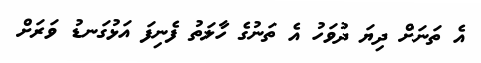
އެ ތަނަށް ދިޔަ ދުވަހު އެ ތަނުގެ ހާލަތު ފެނިފަ އަޅުގަނޑު ވަރަށް